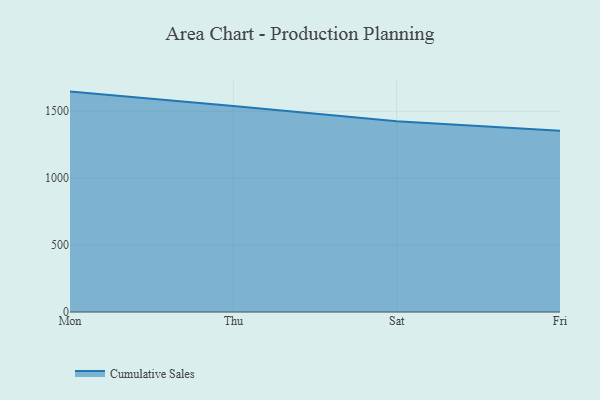
{"axis": {"x": "Day", "y": "Bounce Rate (%)"}, "legend": ["Cumulative Sales"], "data": [{"x": "Mon", "y": 1647.1, "type": "Cumulative Sales"}, {"x": "Thu", "y": 1539.4, "type": "Cumulative Sales"}, {"x": "Sat", "y": 1425.6, "type": "Cumulative Sales"}, {"x": "Fri", "y": 1354.6, "type": "Cumulative Sales"}]}